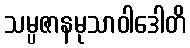
သမ္ပဇာနမုသာဝါဒေါတိ